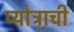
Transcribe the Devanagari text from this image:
प्योत्राची